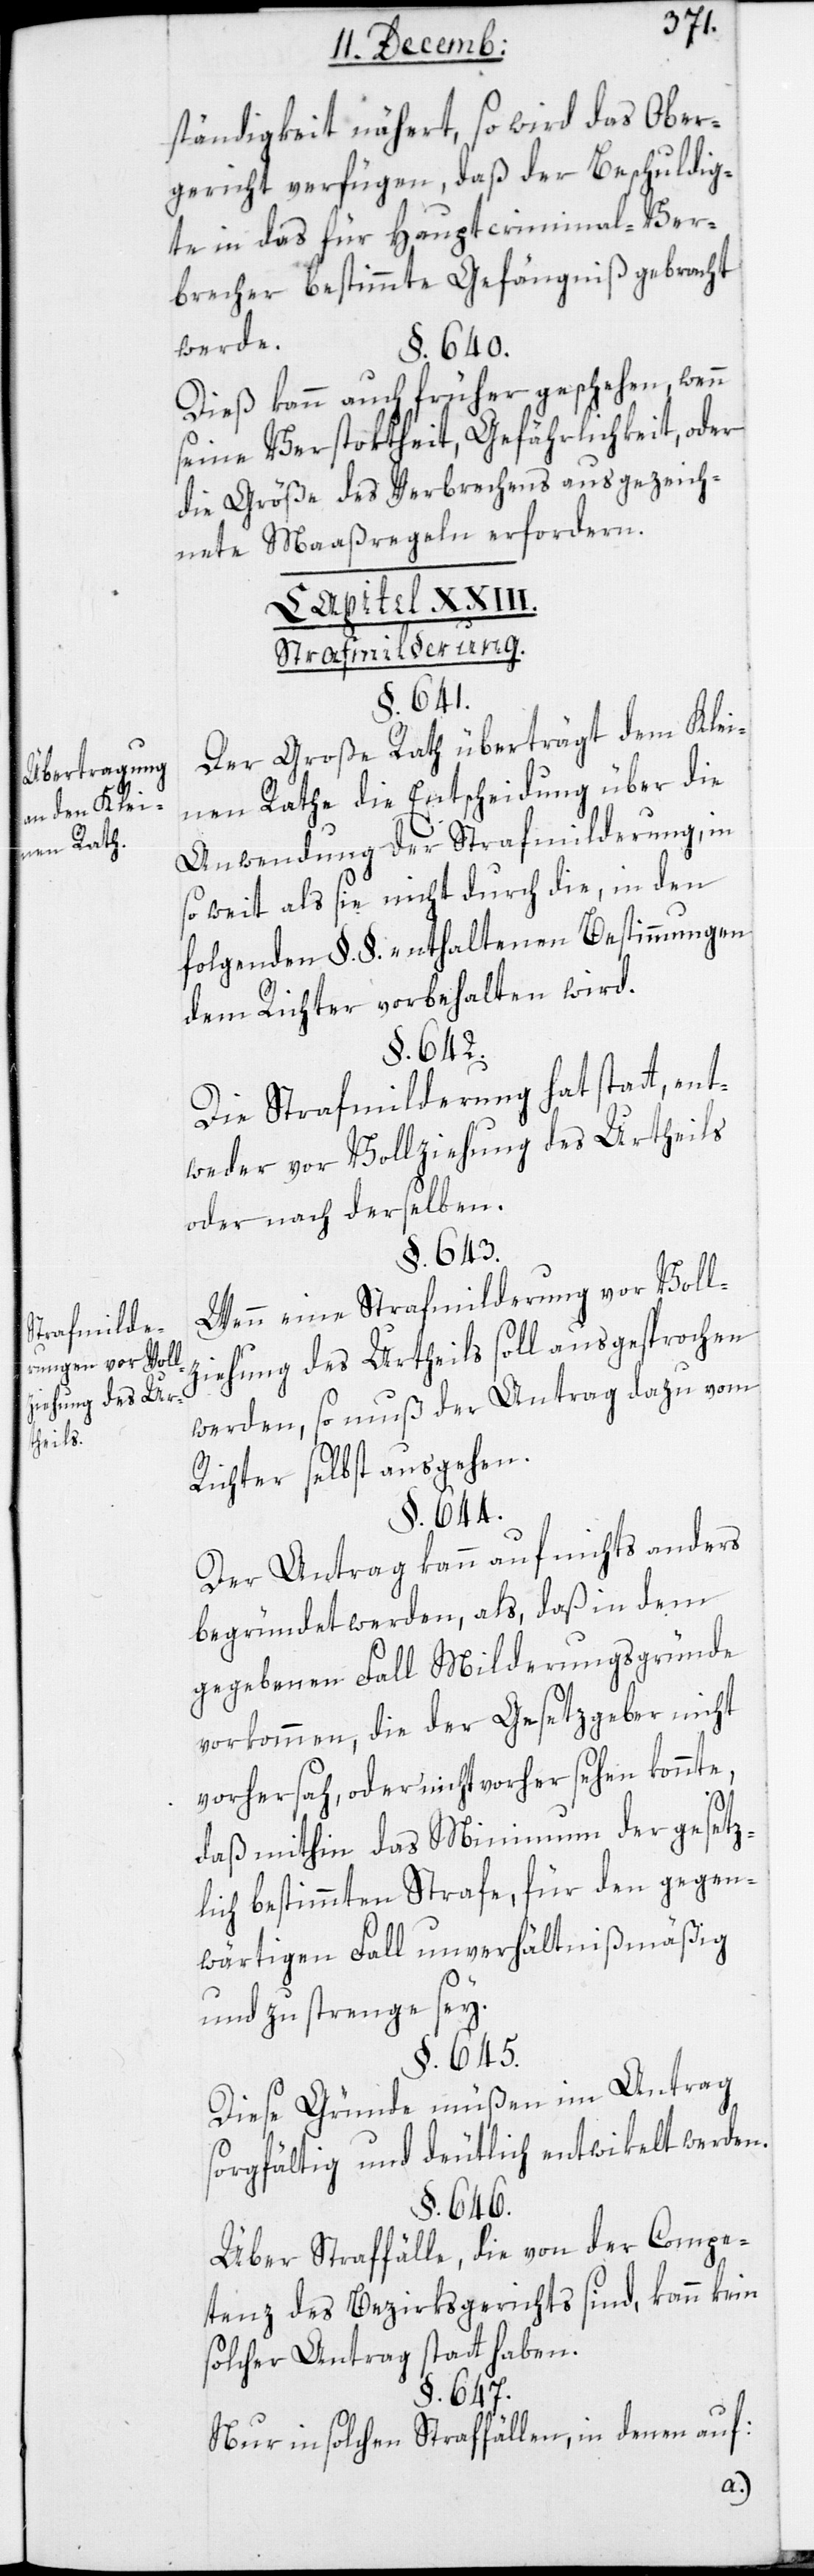
Übertragung
an den Klei¬
nen Rath.
trafmilde¬
rungen vor Voll¬
ziehung des Ur¬
theils.

ständigkeit nähert, so wird das Ober¬
gericht verfügen, daß der Beschuldig¬
te in das für Hauptcriminal-Ver¬
brecher bestimmte Gefängnis gebracht
werde.
§. 640.
Dies kann auch früher geschehen, wenn
seine Verstoktheit, Gefährlichkeit oder
die Größe des Verbrechens ausgezeich¬
nete Maaßregeln erfordern.
Strafmilderung.
§. 641.
Der Große Rath überträgt dem Klei¬
nen Rathe die Entscheidung über die
Anwendung der Strafmilderung, in
so weit, als sie nicht durch die, in den
folgenden §. §. erhaltenen Bestimmungen
dem Richter vorbehalten wird.
Die Strafmilderung hat statt, ent¬
weder vor Vollziehung des Urtheils
oder nach derselben.
§. 643.
Wenn eine Strafmilderung vor Voll¬
ziehung des Urtheils soll ausgesprochen
werden, so muß der Antrag dazu vom
Richter selbst ausgehen.
§. 644.
Der Antrag kann auf nichts anders
begründet werden, als daß in dem
gegebenen Fall Milderungsgründe
vorkommen, die der Gesetzgeber nicht
vorhersah, oder nicht vorher sehen konnte,
S¬
daß mithin das Minimum der gesetz¬
lich bestimmten Strafe, für den gegen¬
wärtigen Fall unverhältnismäßig
§. 645.
Diese Gründe müßen im Antrag
sorgfältig und deutlich entwikelt werden.
§. 646.
Über Straffälle, die von der Compe¬
tenz des Bezirksgerichts sind, kann kein
solcher Antrag statt haben.
§. 647.
Nur in solchen Straffällen, in denen auf: